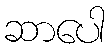
ဆာပေါ